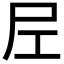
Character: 𡰱